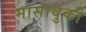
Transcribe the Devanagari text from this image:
मासायुकी